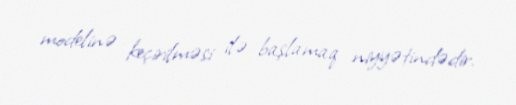
modelinə keçirilməsi ilə başlamaq niyyətindədir.